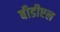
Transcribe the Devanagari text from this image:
बीडीएल